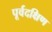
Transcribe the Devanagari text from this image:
पूर्वदक्षिण